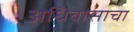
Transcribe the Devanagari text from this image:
अधिवासाचा